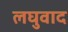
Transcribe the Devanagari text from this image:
लघुवाद